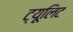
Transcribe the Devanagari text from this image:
ट्यूलिट